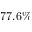
7 7 . 6 \%